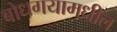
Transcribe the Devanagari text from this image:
बोधगयामधील